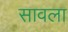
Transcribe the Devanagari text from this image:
सावला